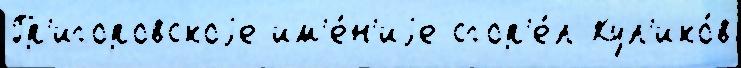
Гр'игоровскоjе им'е́н'иjе сгор'е́л Кул'ико́в